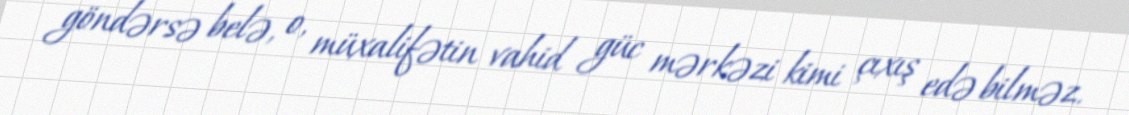
göndərsə belə, o, müxalifətin vahid güc mərkəzi kimi çıxış edə bilməz.